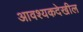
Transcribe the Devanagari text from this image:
आवश्यकदेखील